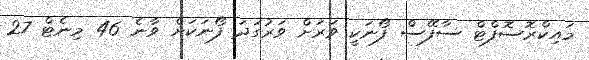
މައިކްރޮސޮފްޓް ސާފޭސް ފޯނަކީ ވަރަށް ވަރުގަދަ ފޯނަކަށް ވާނެ 46 މިނެޓް 27